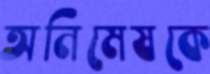
অনিমেষকে